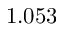
1 . 0 5 3